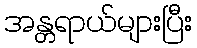
အန္တရာယ်များပြီး